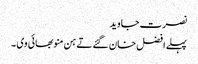
نصرت جاوید
پہلے افضل خان گئے تے ہن منو بھائی وی ۔